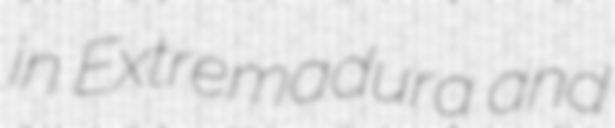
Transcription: in Extremadura and